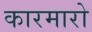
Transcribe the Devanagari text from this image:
कारमारो